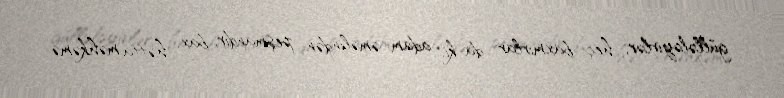
güllələyirlər, heç baxmırlar da ki, adam əməlindən peşmandır, bax, hətta məhkəmə